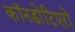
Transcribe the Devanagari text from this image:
कॉनडोटिएरो